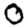
Digit: 0